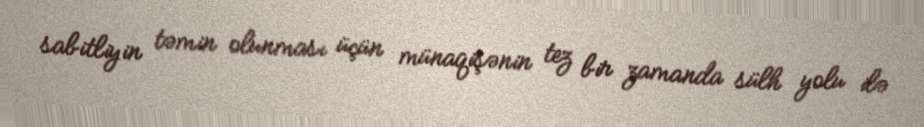
sabitliyin təmin olunması üçün münaqişənin tez bir zamanda sülh yolu ilə